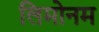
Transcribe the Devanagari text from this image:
लिमोनम